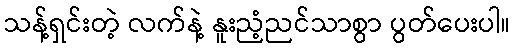
သန့်ရှင်းတဲ့ လက်နဲ့ နူးညံ့ညင်သာစွာ ပွတ်ပေးပါ။